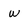
Character: w